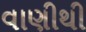
વાણીથી